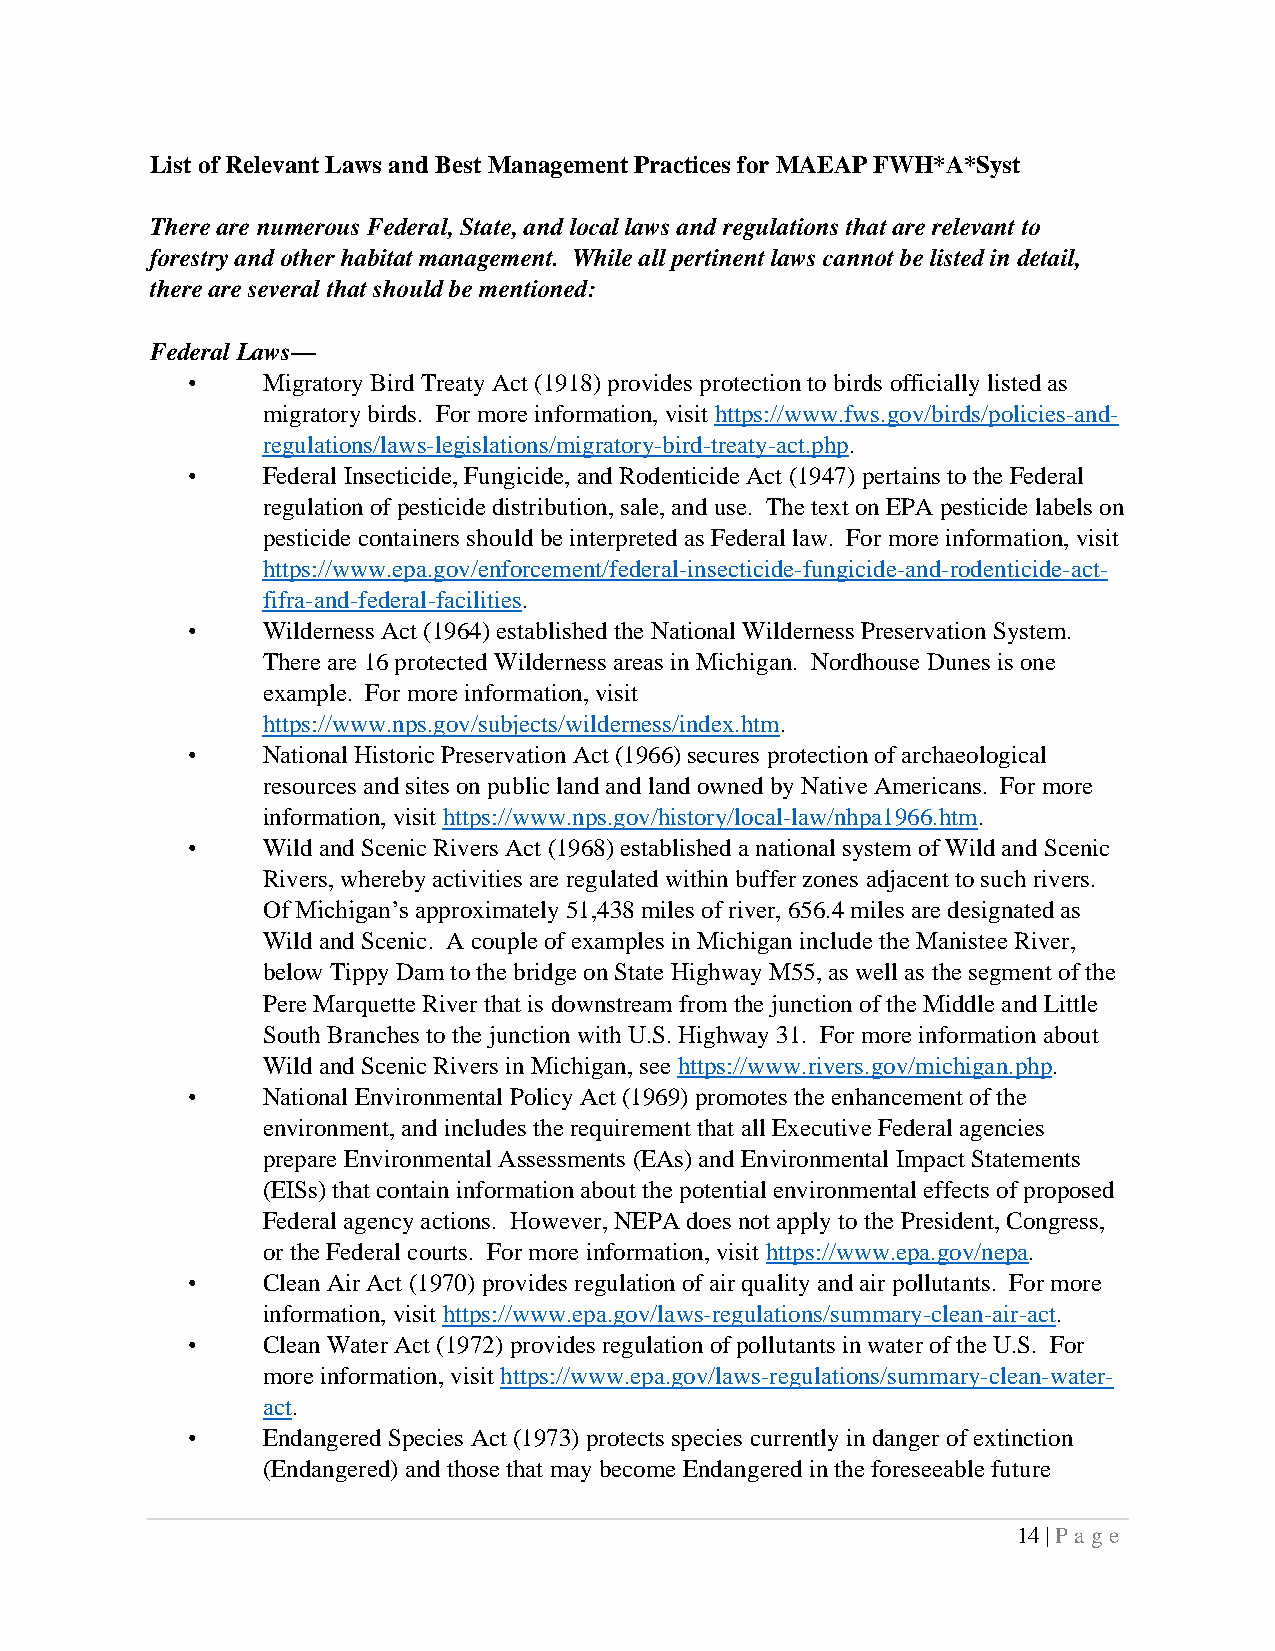
List of Relevant Laws and Best Management Practices for MAEAP FWH*A*Syst
 There are numerous Federal, State, and local laws and regulations that are relevant to
 forestry and other habitat management. While all pertinent laws cannot be listed in detail,
 there are several that should be mentioned:
 Federal Laws—
 •    Migratory Bird Treaty Act (1918) provides protection to birds officially listed as
 migratory birds. For more information, visit https://www.fws.gov/birds/policies-and-
 regulations/laws-legislations/migratory-bird-treaty-act.php.
 •    Federal Insecticide, Fungicide, and Rodenticide Act (1947) pertains to the Federal
 regulation of pesticide distribution, sale, and use. The text on EPA pesticide labels on
 pesticide containers should be interpreted as Federal law. For more information, visit
 https://www.epa.gov/enforcement/federal-insecticide-fungicide-and-rodenticide-act-
 fifra-and-federal-facilities.
 •    Wilderness Act (1964) established the National Wilderness Preservation System.
 There are 16 protected Wilderness areas in Michigan. Nordhouse Dunes is one
 example. For more information, visit
 https://www.nps.gov/subjects/wilderness/index.htm.
 •    National Historic Preservation Act (1966) secures protection of archaeological
 resources and sites on public land and land owned by Native Americans. For more
 information, visit https://www.nps.gov/history/local-law/nhpa1966.htm.
 •    Wild and Scenic Rivers Act (1968) established a national system of Wild and Scenic
 Rivers, whereby activities are regulated within buffer zones adjacent to such rivers.
 Of Michigan’s approximately 51,438 miles of river, 656.4 miles are designated as
 Wild and Scenic. A couple of examples in Michigan include the Manistee River,
 below Tippy Dam to the bridge on State Highway M55, as well as the segment of the
 Pere Marquette River that is downstream from the junction of the Middle and Little
 South Branches to the junction with U.S. Highway 31. For more information about
 Wild and Scenic Rivers in Michigan, see https://www.rivers.gov/michigan.php.
 •    National Environmental Policy Act (1969) promotes the enhancement of the
 environment, and includes the requirement that all Executive Federal agencies
 prepare Environmental Assessments (EAs) and Environmental Impact Statements
 (EISs) that contain information about the potential environmental effects of proposed
 Federal agency actions. However, NEPA does not apply to the President, Congress,
 or the Federal courts. For more information, visit https://www.epa.gov/nepa.
 •    Clean Air Act (1970) provides regulation of air quality and air pollutants. For more
 information, visit https://www.epa.gov/laws-regulations/summary-clean-air-act.
 •    Clean Water Act (1972) provides regulation of pollutants in water of the U.S. For
 more information, visit https://www.epa.gov/laws-regulations/summary-clean-water-
 act.
 •    Endangered Species Act (1973) protects species currently in danger of extinction
 (Endangered) and those that may become Endangered in the foreseeable future
 14 | Pa ge